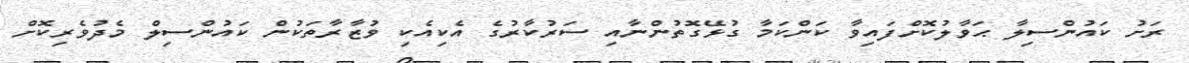
ރަށު ކައުންސިލާ ޙަވާލުކޮށްފައިވާ ކަންކަމާ ގުޅޭގޮތުންނާއި ސަރުކާރުގެ އެކިއެކި ވުޒާރާތަކުން ކައުންސިލް މެދުވެރިކޮށް